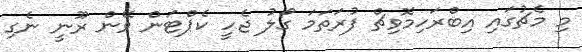
މި މެޗުގައި އިބްރަހިމޮވިޗް ފުރަތަމަ ގޯލު ޖެހީ ކެޕްޓަން ވޭން ރޫނީ ނެގި